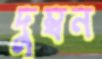
দুম্বন